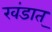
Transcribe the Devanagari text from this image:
खंडात्